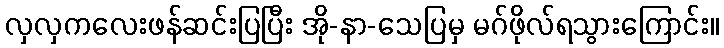
လှလှကလေးဖန်ဆင်းပြပြီး အို-နာ-သေပြမှ မဂ်ဖိုလ်ရသွားကြောင်း။